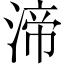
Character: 渧